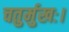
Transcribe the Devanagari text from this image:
चतुर्मुखः।